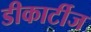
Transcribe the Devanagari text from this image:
डीकार्टीज